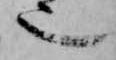
也